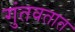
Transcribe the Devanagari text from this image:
गुंतवतात